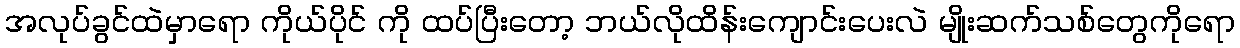
အလုပ်ခွင်ထဲမှာရော ကိုယ်ပိုင် ကို ထပ်ပြီးတော့ ဘယ်လိုထိန်းကျောင်းပေးလဲ မျိုးဆက်သစ်တွေကိုရော